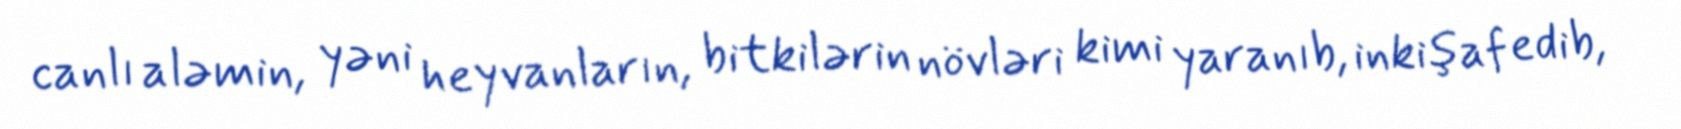
canlı aləmin, yəni heyvanların, bitkilərin növləri kimi yaranıb, inkişaf edib,